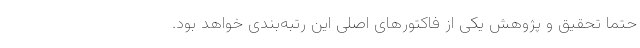
حتما تحقیق و پژوهش یکی از فاکتورهای اصلی این رتبه‌بندی خواهد بود.